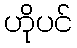
ဟိုပင်